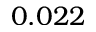
0 . 0 2 2